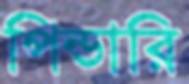
পিন্ডারি